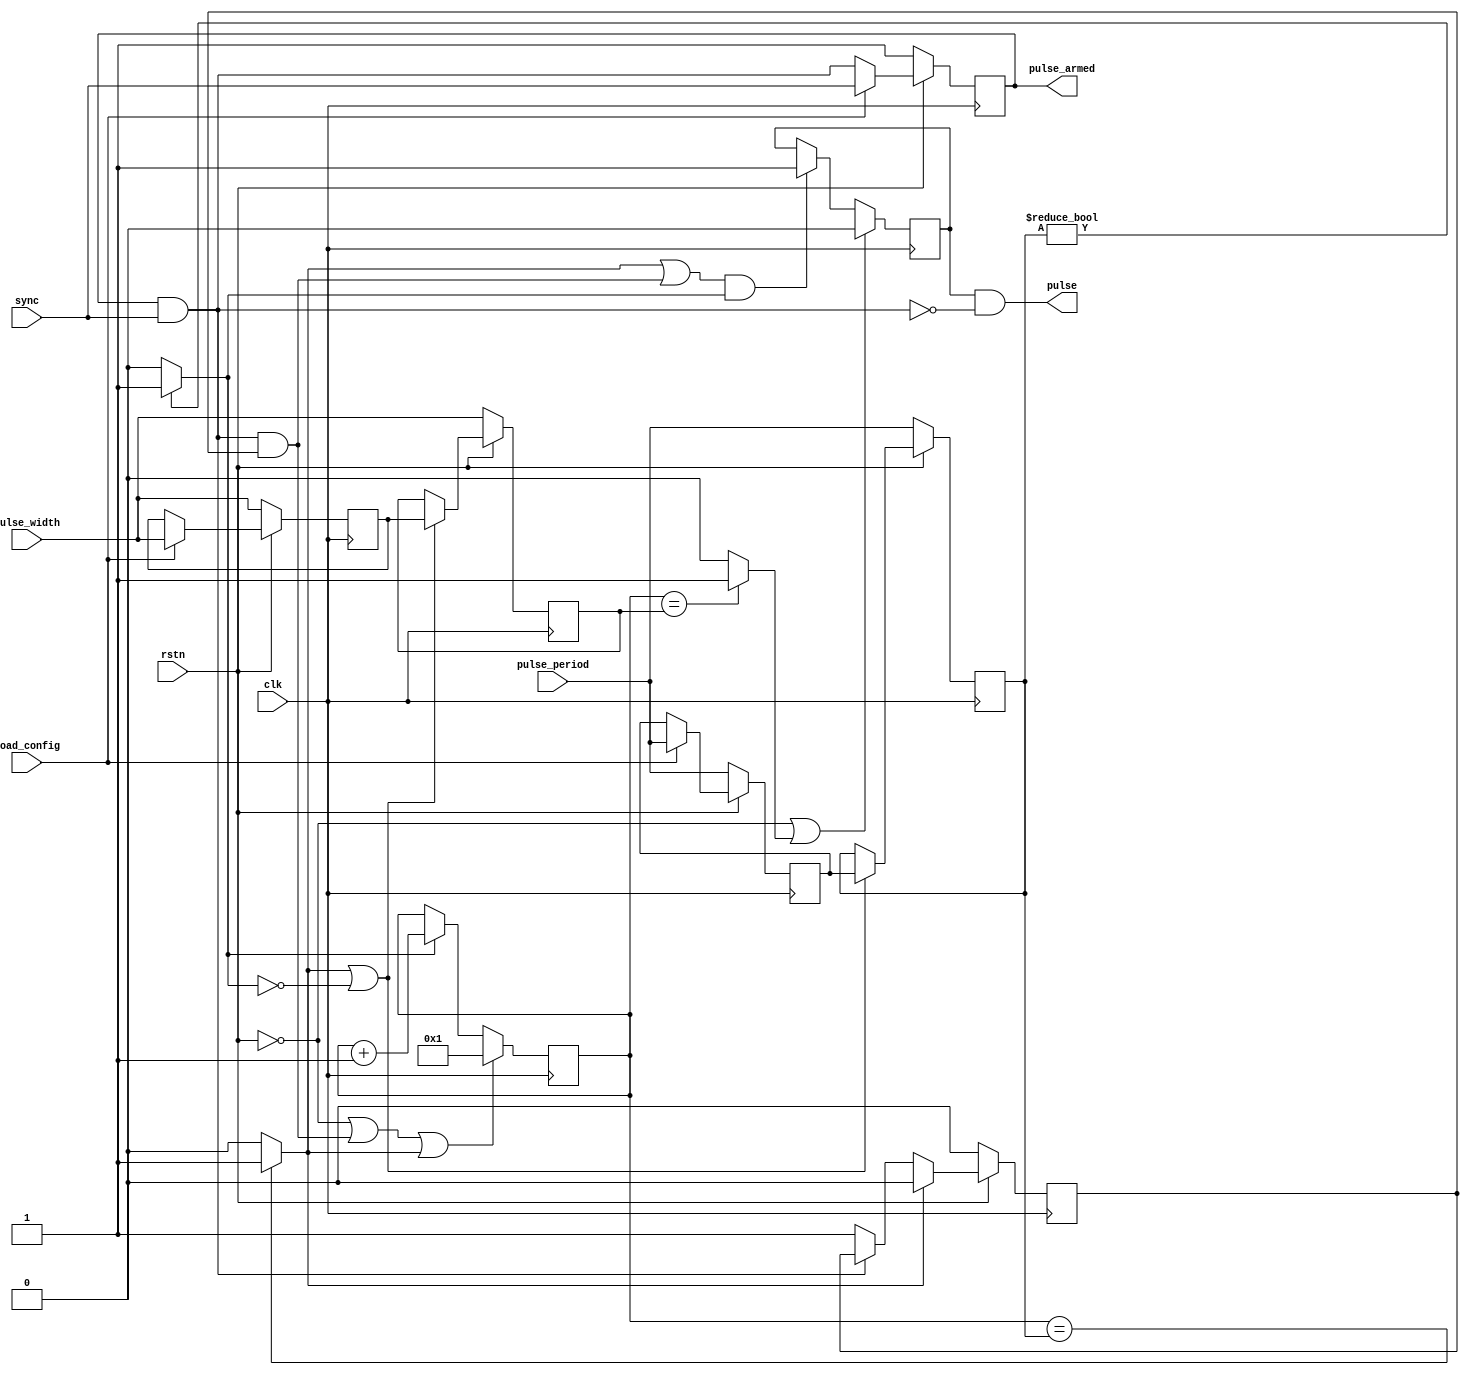
// ***************************************************************************
// ***************************************************************************
// Copyright (C) 2021-2023 Analog Devices, Inc. All rights reserved.
//
// In this HDL repository, there are many different and unique modules, consisting
// of various HDL (Verilog or VHDL) components. The individual modules are
// developed independently, and may be accompanied by separate and unique license
// terms.
//
// The user should read each of these license terms, and understand the
// freedoms and responsibilities that he or she has by using this source/core.
//
// This core is distributed in the hope that it will be useful, but WITHOUT ANY
// WARRANTY; without even the implied warranty of MERCHANTABILITY or FITNESS FOR
// A PARTICULAR PURPOSE.
//
// Redistribution and use of source or resulting binaries, with or without modification
// of this file, are permitted under one of the following two license terms:
//
//   1. The GNU General Public License version 2 as published by the
//      Free Software Foundation, which can be found in the top level directory
//      of this repository (LICENSE_GPL2), and also online at:
//      <https://www.gnu.org/licenses/old-licenses/gpl-2.0.html>
//
// OR
//
//   2. An ADI specific BSD license, which can be found in the top level directory
//      of this repository (LICENSE_ADIBSD), and also on-line at:
//      https://github.com/analogdevicesinc/hdl/blob/master/LICENSE_ADIBSD
//      This will allow to generate bit files and not release the source code,
//      as long as it attaches to an ADI device.
//
// ***************************************************************************
// ***************************************************************************
`timescale 1ns/1ps

module axi_pwm_gen_1 #(
  // the width and period are defined in number of clock cycles
  parameter   PULSE_WIDTH = 7,
  parameter   PULSE_PERIOD = 100000000
) (
  input               clk,
  input               rstn,

  input       [31:0]  pulse_width,
  input       [31:0]  pulse_period,
  input               load_config,
  input               sync,

  output              pulse,
  output              pulse_armed
);

  // internal registers

  reg     [31:0]               pulse_period_cnt = 32'h0;
  reg     [31:0]               pulse_period_read =  PULSE_PERIOD;
  reg     [31:0]               pulse_width_read = PULSE_WIDTH;
  reg     [31:0]               pulse_period_d = PULSE_PERIOD;
  reg     [31:0]               pulse_width_d = PULSE_WIDTH;
  reg                          phase_align_armed = 1'b1;
  reg                          pulse_i = 1'b0;
  reg                          busy = 1'b0;

  // internal wires

  wire                         phase_align;
  wire                         end_of_period;
  wire                         end_of_pulse;
  wire                         pulse_enable;

  // enable pwm

  assign pulse_enable = (pulse_period_d != 32'd0) ? 1'b1 : 1'b0;

  // flop the desired period

  always @(posedge clk) begin
    if (rstn == 1'b0) begin
      pulse_period_d <= pulse_period;
      pulse_width_d <= pulse_width;
      pulse_period_read <= pulse_period;
      pulse_width_read <= pulse_width;
    end else begin
      // load the input period/width values
      if (load_config) begin
        pulse_period_read <= pulse_period;
        pulse_width_read <= pulse_width;
      end
      // update the current period/width at the end of the period
      if (end_of_period | ~pulse_enable) begin
        pulse_period_d <= pulse_period_read;
        pulse_width_d <= pulse_width_read;
      end
    end
  end

  // phase align to the first sync pulse until another load_config

  always @(posedge clk) begin
    if (rstn == 1'b0) begin
      phase_align_armed <= 1'b1;
    end else begin
      if (load_config == 1'b1) begin
        phase_align_armed <= sync;
      end else begin
        phase_align_armed <= phase_align_armed & sync;
      end
    end
  end

  always @(posedge clk) begin
    if (rstn == 1'b0) begin
      busy <= 1'b0;
    end else begin
      if (end_of_period) begin
        busy <= 1'b0;
      end else if ( ~(phase_align_armed & sync)) begin
        busy <= 1'b1;
      end
    end
  end

  assign phase_align = phase_align_armed & sync & busy;

  // a free running counter

  always @(posedge clk) begin
    if (rstn == 1'b0 || phase_align == 1'b1 || end_of_period == 1'b1) begin
      pulse_period_cnt <= 32'd1;
    end else begin
      if (pulse_enable == 1'b1) begin
        pulse_period_cnt <= pulse_period_cnt + 1'b1;
      end
    end
  end

  assign end_of_period = (pulse_period_cnt == pulse_period_d) ? 1'b1 : 1'b0;
  assign end_of_pulse = (pulse_period_cnt == pulse_width_d) ? 1'b1 : 1'b0;

  // generate pulse with a specified width

  always @ (posedge clk) begin
    if ((rstn == 1'b0) || (end_of_pulse == 1'b1)) begin
      pulse_i <= 1'b0;
    end else if ((end_of_period == 1'b1 || phase_align == 1'b1) && pulse_enable == 1'b1) begin
      pulse_i <= 1'b1;
    end
  end

  assign pulse = pulse_i & !(phase_align_armed & sync);
  assign pulse_armed = phase_align_armed;

endmodule